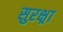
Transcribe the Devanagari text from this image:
सुरक्ष्रा